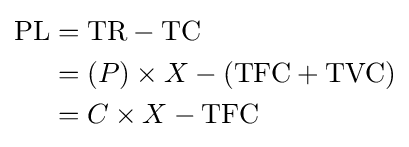
{\begin{aligned}{\text{PL}}&={\text{TR}}-{\text{TC}}\\&=\left(P\right)\times X-\left({\text{TFC}}+{\text{TVC}}\right)\\&=C\times X-{\text{TFC}}\end{aligned}}